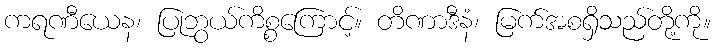
ကရဏီယေန၊ ပြုဘွယ်ကိစ္စကြောင့်။ တိဏာဒီနံ၊ မြက်အစရှိသည်တို့ကို။